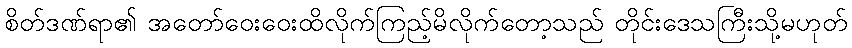
စိတ်ဒဏ်ရာ၏ အတော်ဝေးဝေးထိလိုက်ကြည့်မိလိုက်တော့သည် တိုင်းဒေသကြီးသို့မဟုတ်